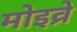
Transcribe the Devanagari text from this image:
मोइव्रे